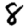
Digit: 8